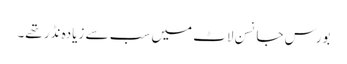
بورس جانسن لاٹ میں سب سے زیادہ نڈر تھے۔